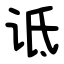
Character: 诋